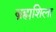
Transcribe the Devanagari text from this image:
ब्रह्मशिला